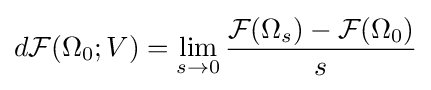
d{\mathcal {F}}(\Omega _{0};V)=\lim _{s\to 0}{\frac {{\mathcal {F}}(\Omega _{s})-{\mathcal {F}}(\Omega _{0})}{s}}